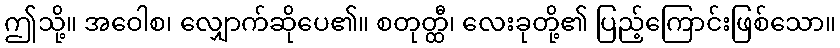
ဤသို့။ အဝေါစ၊ လျှောက်ဆိုပေ၏။ စတုတ္ထီ၊ လေးခုတို့၏ ပြည့်ကြောင်းဖြစ်သော။